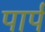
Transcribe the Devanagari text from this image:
पार्प